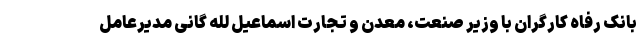
بانک رفاه کارگران با وزیر صنعت، معدن و تجارت اسماعیل لله گانی مدیرعامل